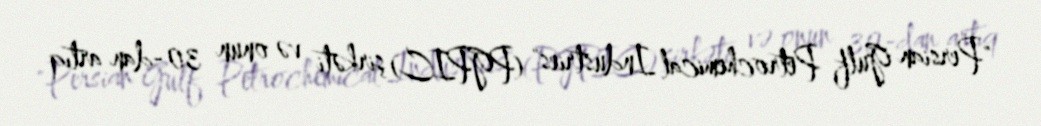
"Persian Gulf Petrochemical Industries" (PGPIC) şirkəti və onun 30-dan artıq